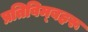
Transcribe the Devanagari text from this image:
प्रतिविम्‍बहरू